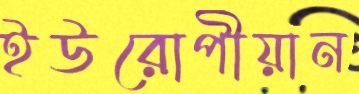
ইউরোপীয়ান